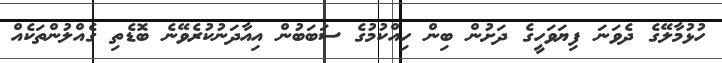
ހުޅުމާލޭގެ ދެވަނަ ފިޔަވަހީގެ ދަށުން ބިން ހިއްކުމުގެ ސަބަބުން އިއާދަނުކުރެވޭނެ ބޮޑެތި ގެއްލުންތަކެއް